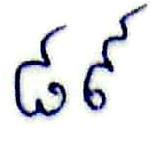
៨៩